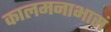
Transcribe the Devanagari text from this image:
कालमनाभासं